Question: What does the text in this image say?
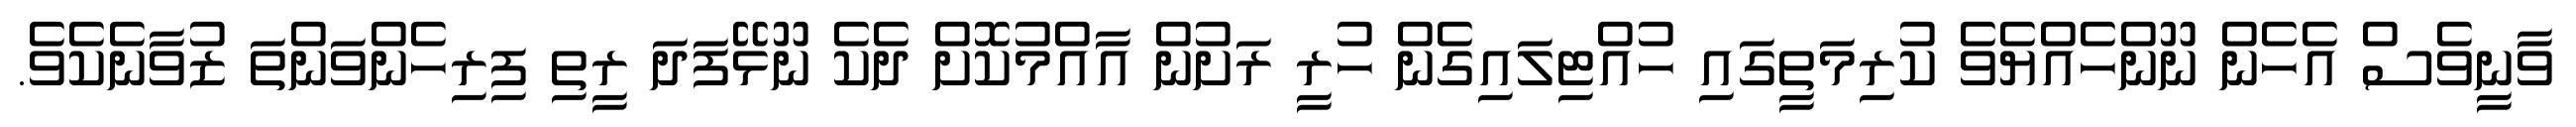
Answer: ވާނީވެސް އެހެން ނޫންހެއްޔެވެ ކުރިމަތީގައި ހުއްޓިލައިގެން ހުރީ ރަށުން އާއްމުކޮށް ދެކެ ނޫޅޭފަދަ ރީތި ފިރިހެންވަންތަ ޒުވާނެކެވެ.